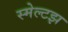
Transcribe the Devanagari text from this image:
स्मेल्टझ